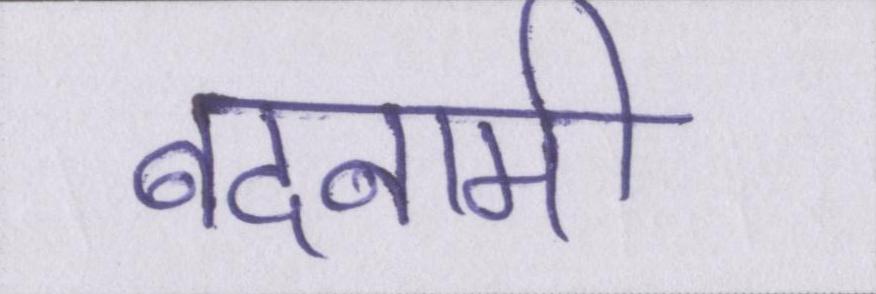
बदनामी